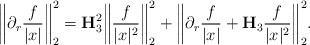
LaTeX: \begin{align*}\bigg\|\partial_r \frac{f}{|x|} \bigg\|_{2}^2 = \mathbf{H}_{3}^2 \bigg\| \frac{f}{|x|^2} \bigg\|_{2}^2 + \bigg\|\partial_r \frac{f}{|x|} + \mathbf{H}_{3} \frac{f}{|x|^2} \bigg\|_{2}^2.\end{align*}